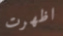
اظهرت